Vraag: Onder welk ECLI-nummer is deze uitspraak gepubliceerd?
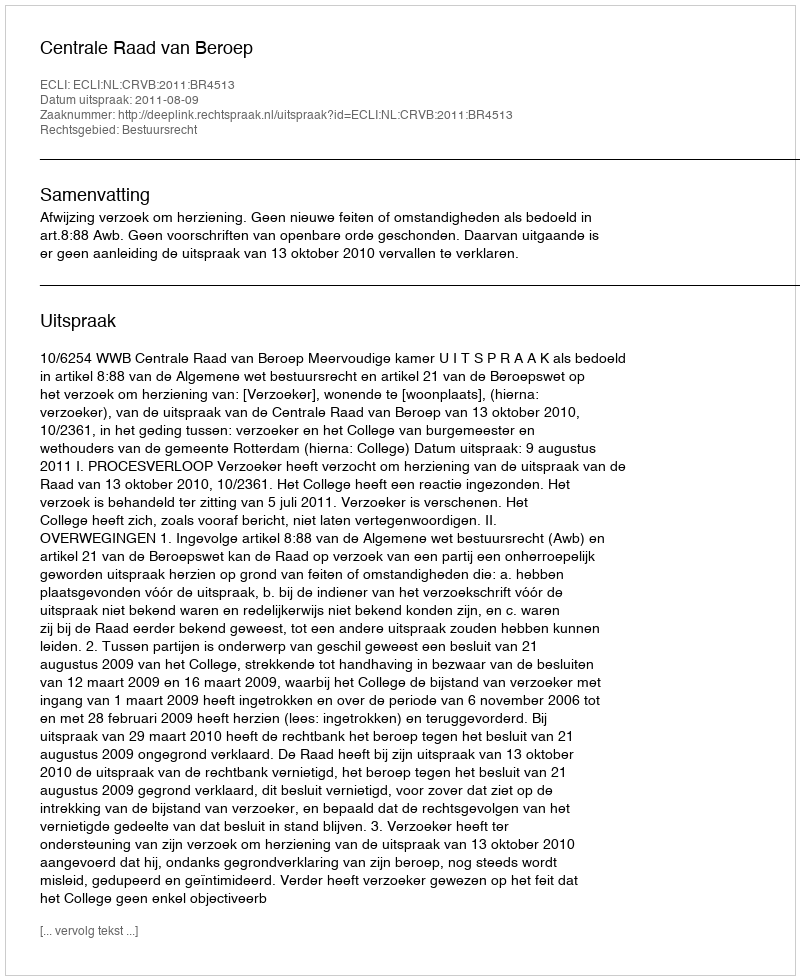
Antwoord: ECLI:NL:CRVB:2011:BR4513